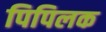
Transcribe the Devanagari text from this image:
पिपिलक